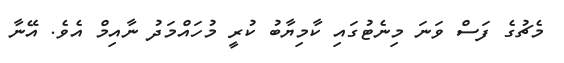
މެޗުގެ ފަސް ވަނަ މިނެޓުގައި ކާމިޔާބު ކުރީ މުހައްމަދު ނާއިމް އެވެ. އޭނާ